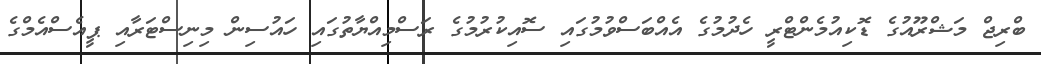
ބްރިޖް މަޝްރޫއުގެ ޑޮކިއުމެންޓްރީ ހެދުމުގެ އެއްބަސްވުމުގައި ސޮއިކުރުމުގެ ރަސްމިއްޔާތުގައި ހައުސިން މިނިސްޓަރާއި ޕީއެސްއެމްގެ